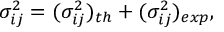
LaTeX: \sigma _ { i j } ^ { 2 } = ( \sigma _ { i j } ^ { 2 } ) _ { t h } + ( \sigma _ { i j } ^ { 2 } ) _ { e x p } ,